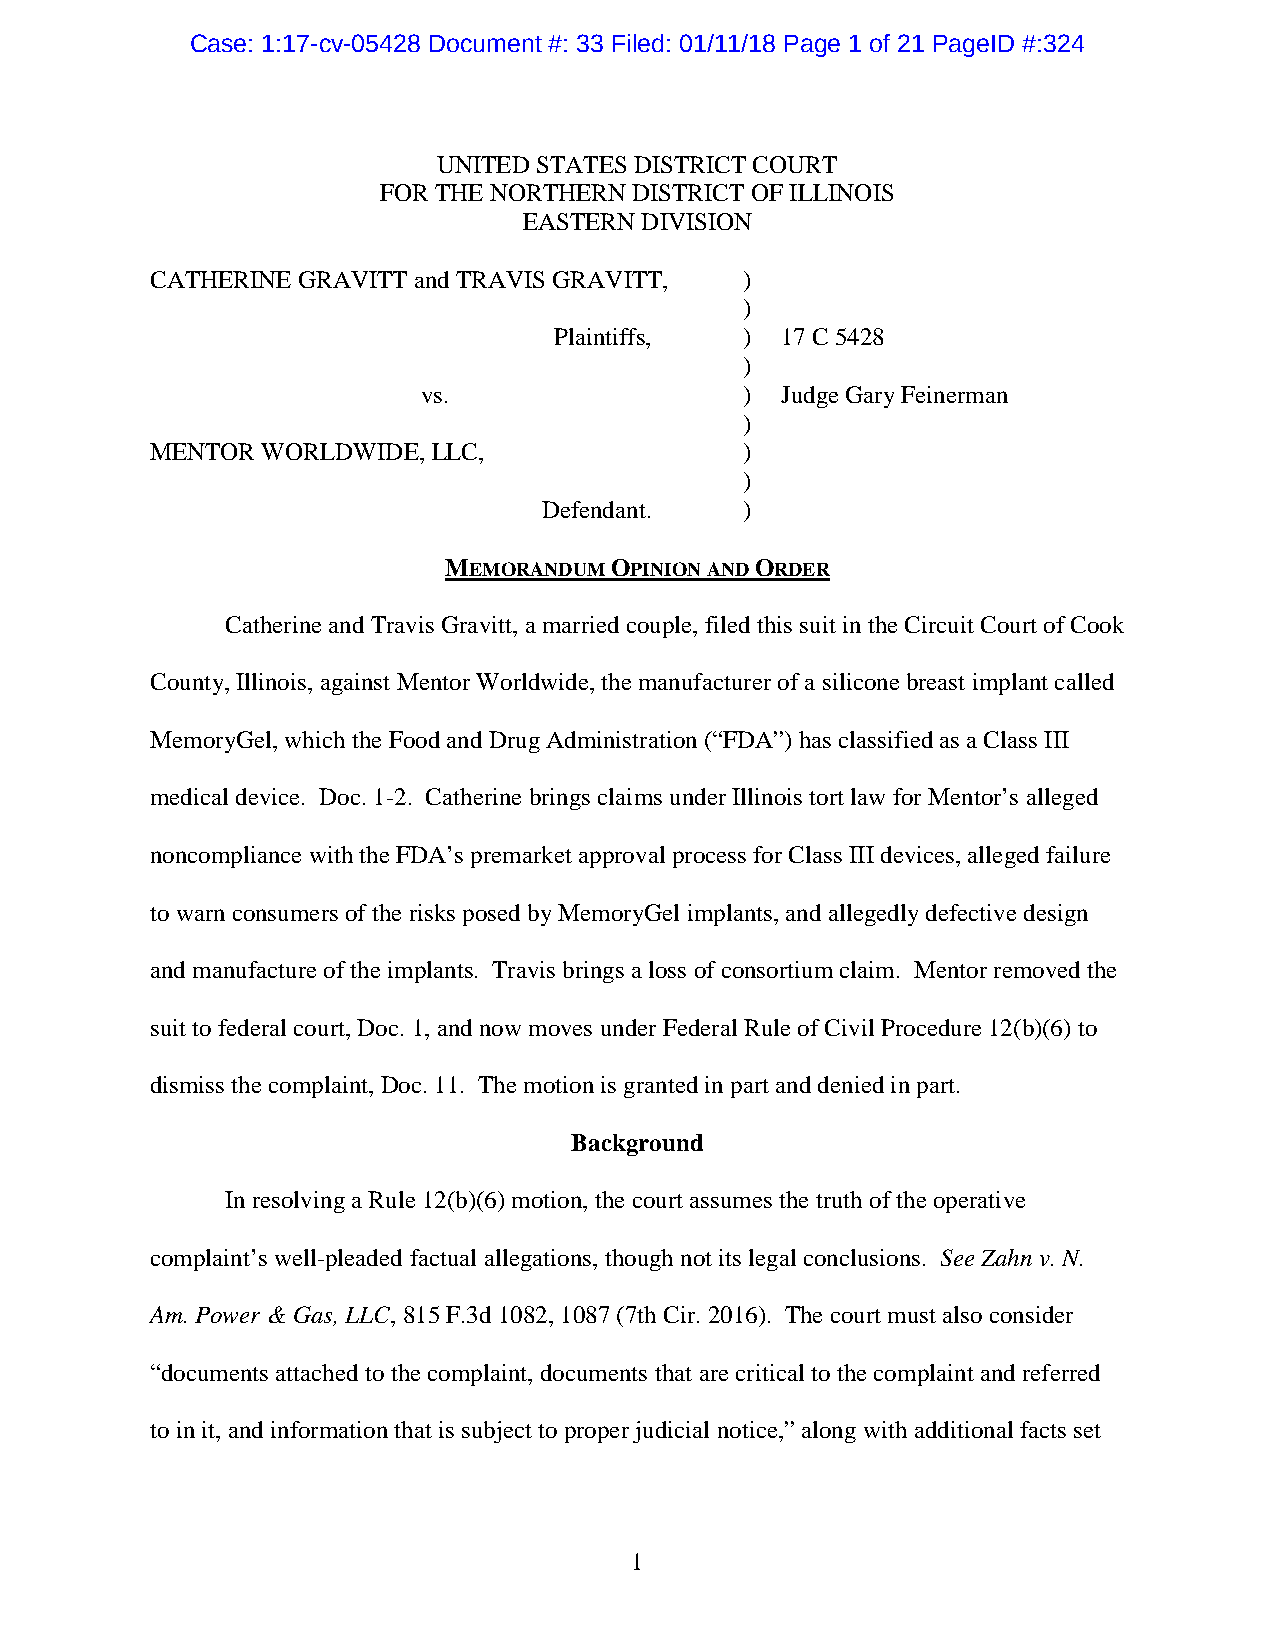
Case: 1:17-cv-05428 Document #: 33 Filed: 01/11/18 Page 1 of 21 PageID #:324
 UNITED STATES DISTRICT COURT
 FOR THE NORTHERN DISTRICT OF ILLINOIS
 EASTERN DIVISION
 CATHERINE GRAVITT and TRAVIS GRAVITT,  )
 )
 Plaintiffs, )  17 C 5428
 )
 vs.                  )  Judge Gary Feinerman
 )
 MENTOR WORLDWIDE,  LLC,                )
 )
 Defendant.   )
 MEMORANDUM OPINION AND ORDER
 Catherine and Travis Gravitt, a married couple, filed this suit in the Circuit Court of Cook
 County, Illinois, against Mentor Worldwide, the manufacturer of a silicone breast implant called
 MemoryGel, which the Food and Drug Administration (“FDA”) has classified as a Class III
 medical device. Doc. 1-2. Catherine brings claims under Illinois tort law for Mentor’s alleged
 noncompliance with the FDA’s premarket approval process for Class III devices, alleged failure
 to warn consumers of the risks posed by MemoryGel implants, and allegedly defective design
 and manufacture of the implants. Travis brings a loss of consortium claim. Mentor removed the
 suit to federal court, Doc. 1, and now moves under Federal Rule of Civil Procedure 12(b)(6) to
 dismiss the complaint, Doc. 11. The motion is granted in part and denied in part.
 Background
 In resolving a Rule 12(b)(6) motion, the court assumes the truth of the operative
 complaint’s well-pleaded factual allegations, though not its legal conclusions. See Zahn v. N.
 Am. Power & Gas, LLC, 815 F.3d 1082, 1087 (7th Cir. 2016). The court must also consider
 “documents attached to the complaint, documents that are critical to the complaint and referred
 to in it, and information that is subject to proper judicial notice,” along with additional facts set
 1